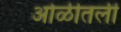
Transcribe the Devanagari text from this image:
ओळीतली